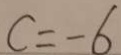
c = - 6